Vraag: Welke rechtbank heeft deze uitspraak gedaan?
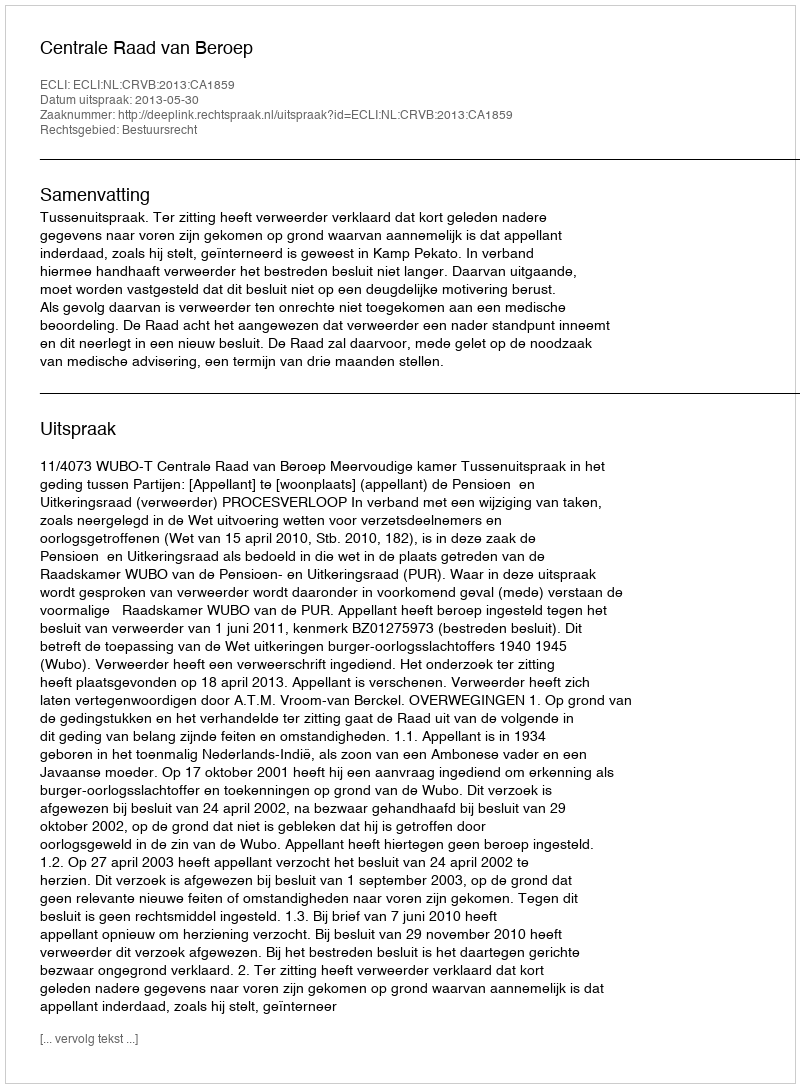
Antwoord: Centrale Raad van Beroep